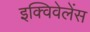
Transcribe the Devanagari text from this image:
इक्विवेलेंस